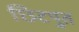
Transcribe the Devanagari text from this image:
छिटपुत